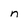
Character: n